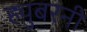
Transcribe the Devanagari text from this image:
ह्युबरनी